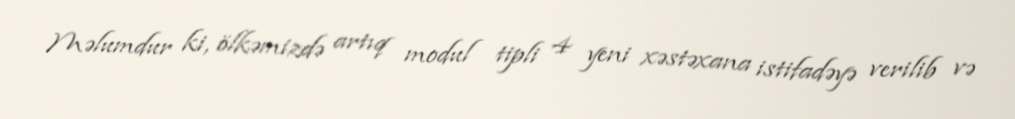
Məlumdur ki, ölkəmizdə artıq modul tipli 4 yeni xəstəxana istifadəyə verilib və